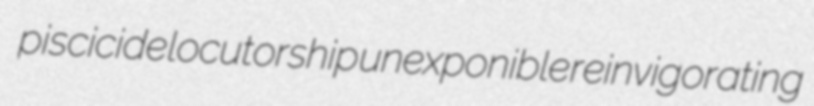
piscicide locutorship unexponible reinvigorating